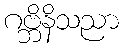
ဂဗ္ဘိနိသညာ